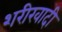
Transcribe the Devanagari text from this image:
शरीरवादी